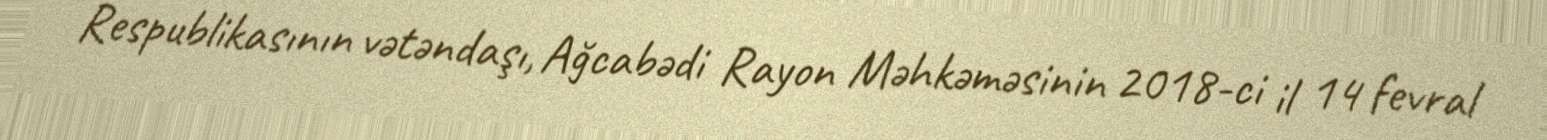
Respublikasının vətəndaşı, Ağcabədi Rayon Məhkəməsinin 2018-ci il 14 fevral